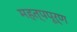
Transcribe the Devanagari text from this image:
महत्‍पपूर्ण